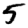
Digit: 5